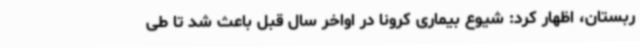
ربستان، اظهار کرد: شیوع بیماری کرونا در اواخر سال قبل باعث شد تا طی